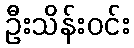
ဦးသိန်းဝင်း